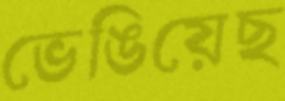
ভেঙিয়েছ